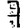
Digit: 7